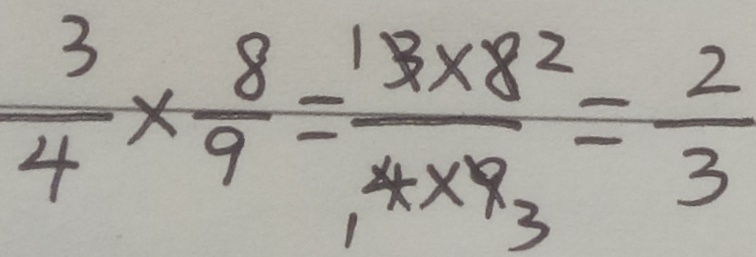
\frac { 3 } { 4 } \times \frac { 8 } { 9 } = \frac { 1 3 \times 8 } { 4 \times 9 } = \frac { 2 } { 3 }